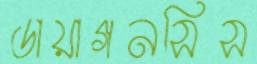
ডায়াগনসিস